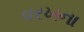
વરખના